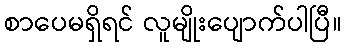
စာပေမရှိရင် လူမျိုးပျောက်ပါပြီ။